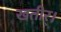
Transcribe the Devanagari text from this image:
खतीर्।